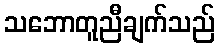
သဘောတူညီချက်သည်